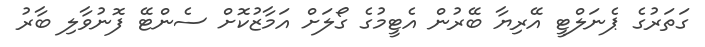
ގަތަރުގެ ޕެނަލްޓީ އޭރިޔާ ބޭރުން އެޓީމުގެ ގޯލަށް އަމާޒުކޮށް ސެންޓޭ ފޮނުވާލި ބާރު